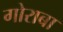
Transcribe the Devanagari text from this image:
गोराबा